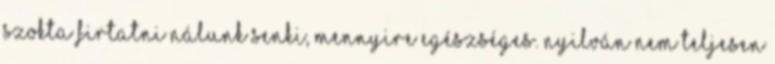
szokta firtatni nálunk senki, mennyire egészséges. Nyilván nem teljesen